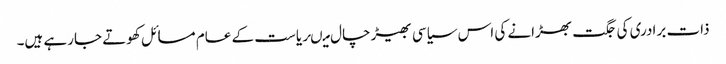
ذات برادری کی جگت بھڑانے کی اس سیاسی بھیڑ چال میںریاست کے عام مسائل کھوتے جارہے ہیں۔